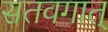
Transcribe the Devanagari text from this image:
सतवगात्